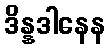
ဒိန္နဒါနေန